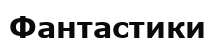
Фантастики